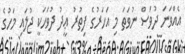
އެއްވަނަ ދުވަސް ނުވަތަ މި އަހަރުގެ ފިތުުރު ޢީދު ދުވަހަކީ ޖުލައި މަހުގެ